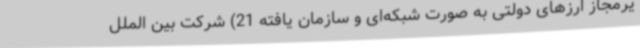
یرمجاز ارزهای دولتی به صورت شبکه‌ای و سازمان یافته 21) شرکت بین الملل